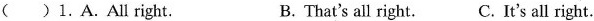
( )1.A.All right. B.That's all right. C.It's all right.